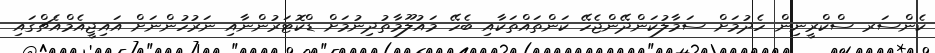
ކެންސަރ ސްކްރީނިން ހެދުމަށް ސަމާލުކަންދޭންޖެހޭ ކަންތައްތަކާއި ބެހޭ މައުލޫމާތުދިނުމަށް ޑްކޮޓަރުންނާއި ނަރުހުންނަށް އައިޖީއެމްއެޗްގައި